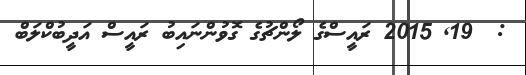
:  19